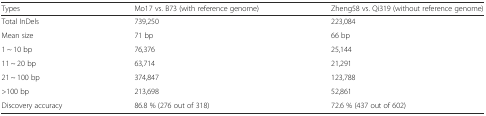
<table><thead><tr><td><b>Types</b></td><td><b>Mo17 vs. B73 (with reference genome)</b></td><td><b>Zheng58 vs. Qi319 (without reference genome)</b></td></tr></thead><tbody><tr><td>Total InDels</td><td>739,250</td><td>223,084</td></tr><tr><td>Mean size</td><td>71 bp</td><td>66 bp</td></tr><tr><td>1 ~ 10 bp</td><td>76,376</td><td>25,144</td></tr><tr><td>11 ~ 20 bp</td><td>63,714</td><td>21,291</td></tr><tr><td>21 ~ 100 bp</td><td>374,847</td><td>123,788</td></tr><tr><td>&gt;100 bp</td><td>213,698</td><td>52,861</td></tr><tr><td>Discovery accuracy</td><td>86.8 % (276 out of 318)</td><td>72.6 % (437 out of 602)</td></tr></tbody></table>